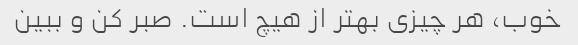
خوب، هر چیزی بهتر از هیچ است. صبر کن و ببین